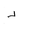
Letter: _dal